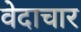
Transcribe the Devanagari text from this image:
वेदाचार